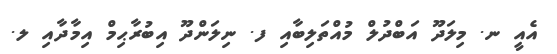
އެއީ ނ. މިލަދޫ އަބްދުލް މުއްތަލިބާއި ފ. ނިލަންދޫ އިބުރާޙިމް އިމާދާއި ލ.